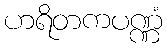
ဟရိတကပဏ္ဏံ